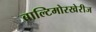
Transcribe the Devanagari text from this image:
बाल्टिमोरखेरीज